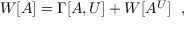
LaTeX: W [ A ] = \Gamma [ A , U ] + W [ A ^ { U } ] \ \ ,